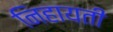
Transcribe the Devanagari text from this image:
निहायती